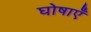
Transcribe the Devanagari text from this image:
घोषाएँ